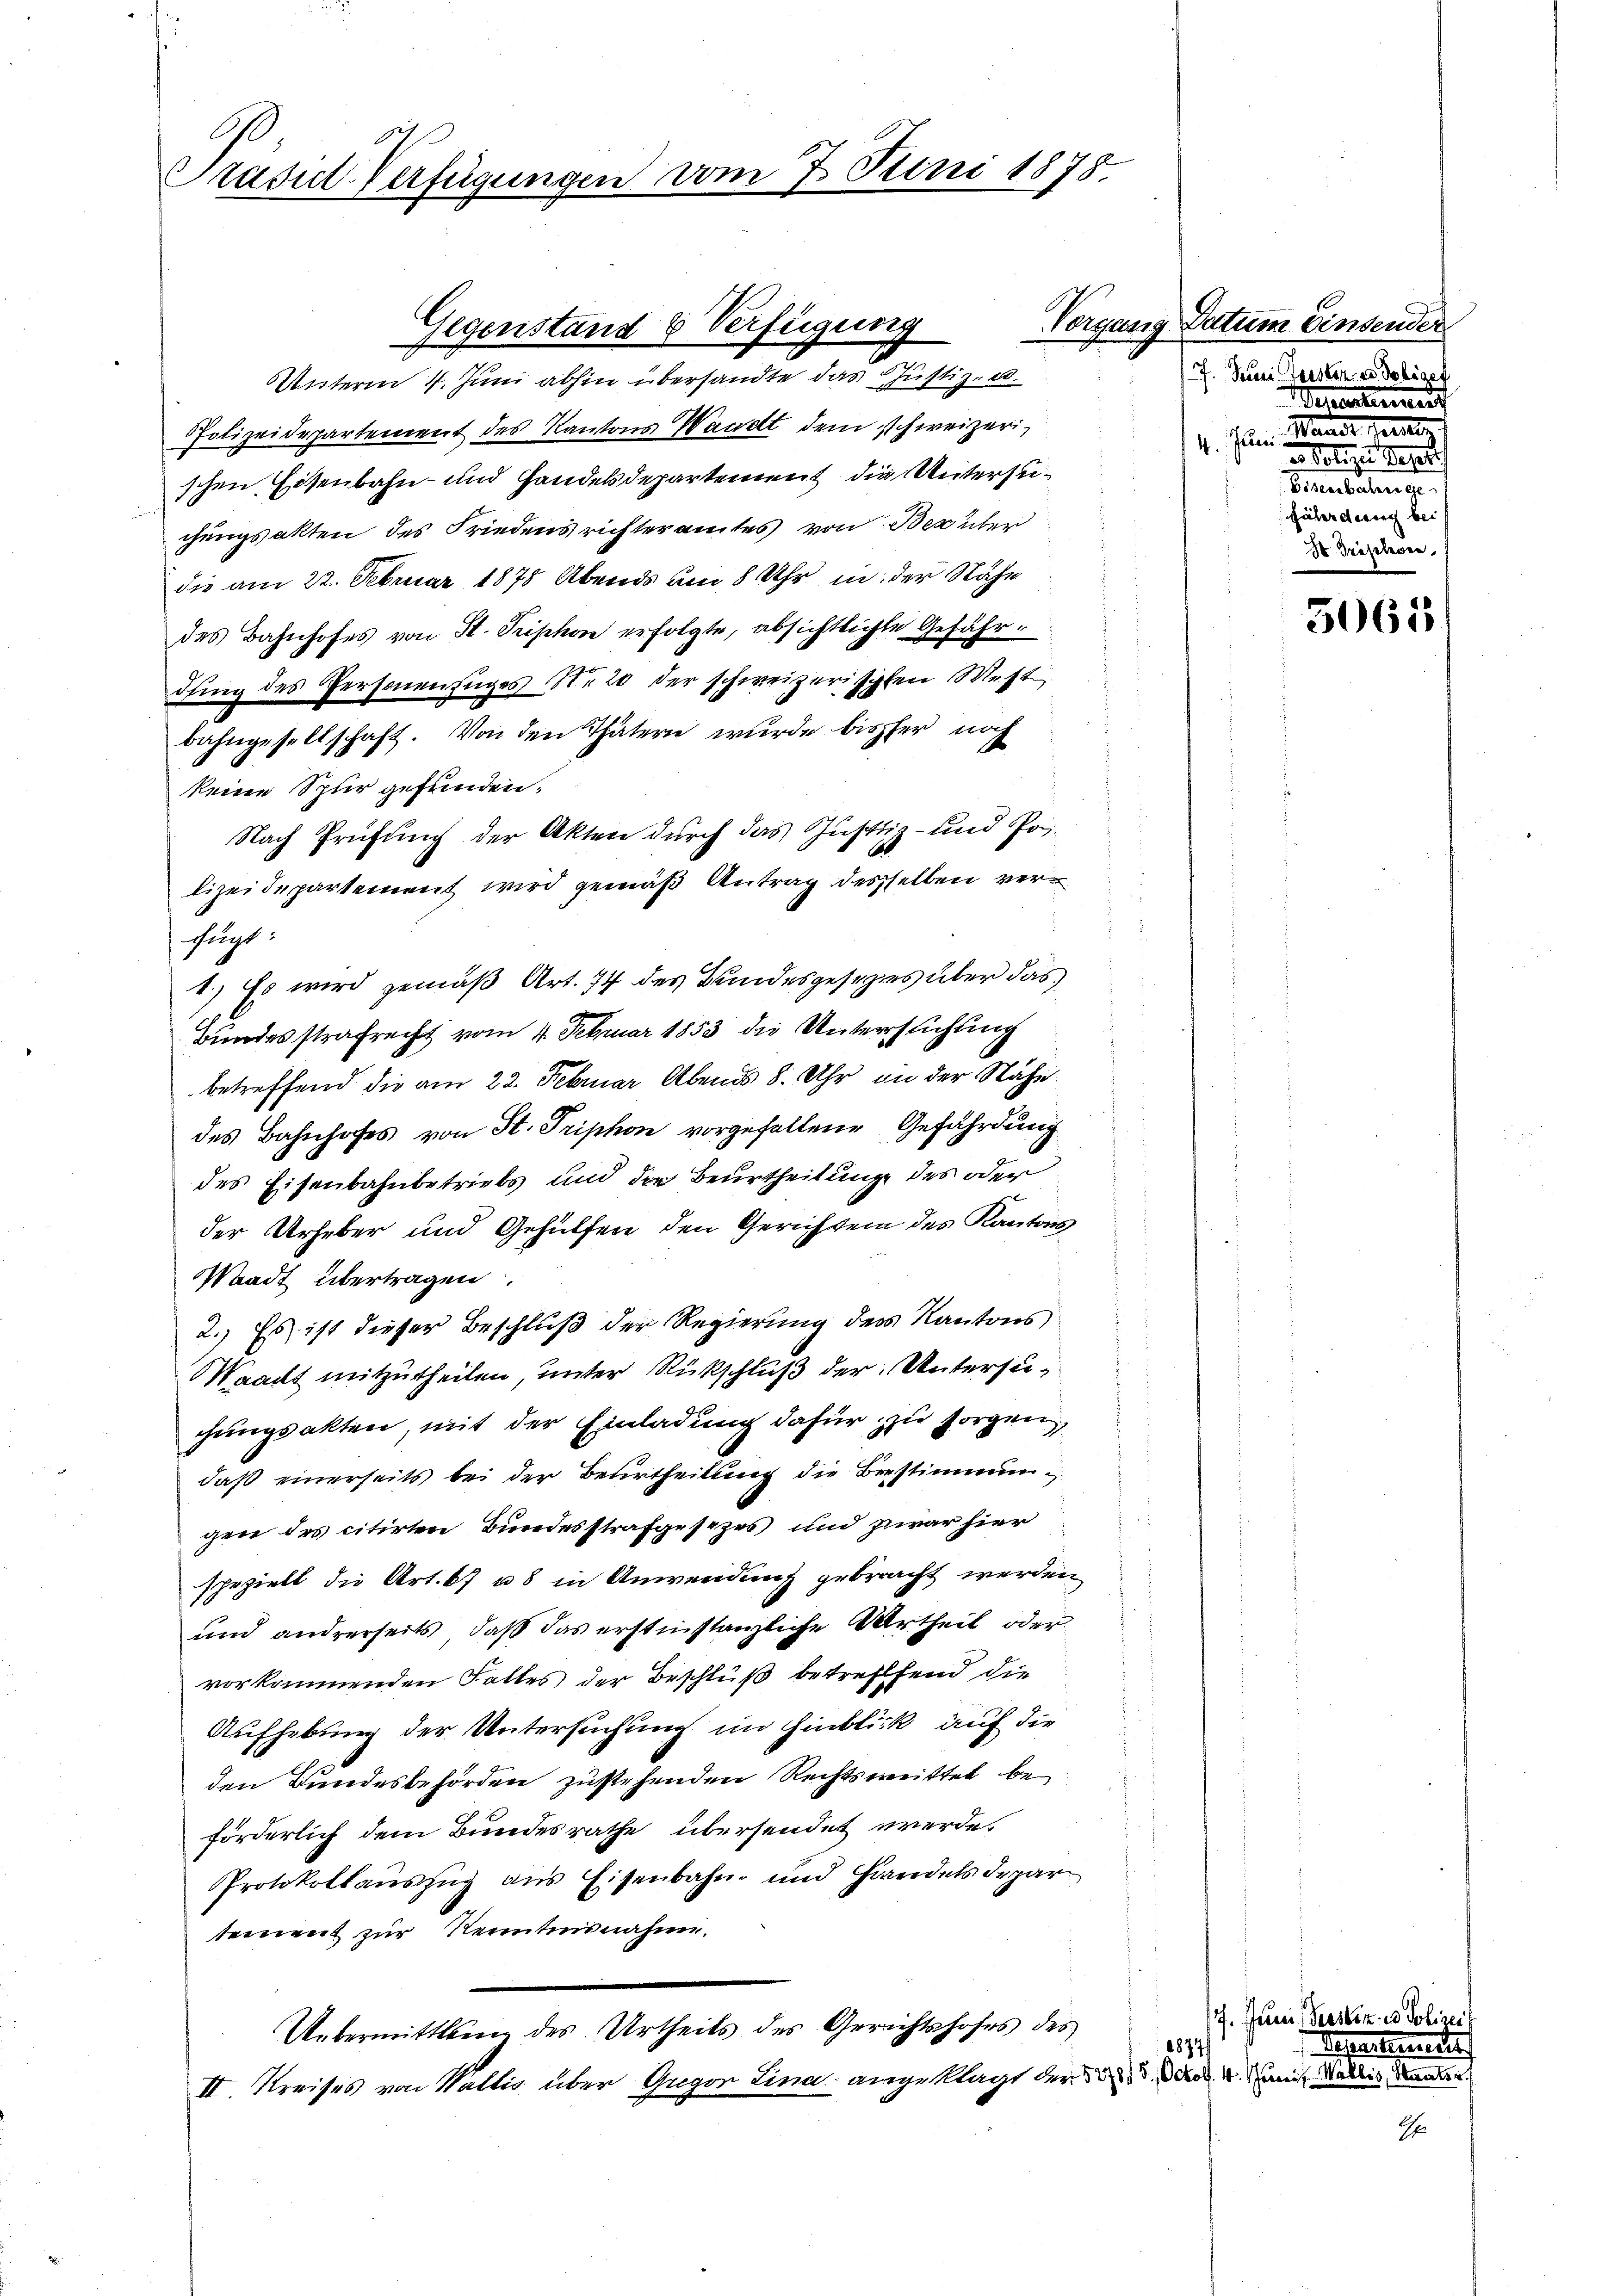
n

Präsid. Verfügungen vom 7. Juni 1878.

Unterm 7. Juni abhin übersandte das Justiz- u.
Polizeidepartement des Kantons Waadt dem schweizerischen Eisenbahn- und Handelsdepartement die Untersuchungsakten des Friedens richteramtes von Berüber
die am 22. Februar 1878 Abends um 8 Uhr in der Nähe
des Bahnhofes von H. Triphon erfolgte, absichtlichte Gefährdfing des Personenzuges N. 20 der schweizerischten West
bahngesellschaft. Von den Thätern wurde bisher noch
keine Spur gefunden.
Nach Prüfung der Akten durch das Justiz- und Polizeidepartement wird gemäß Antrag desselben verfügt:
1.) Es wird gemäß Art. 74 des Bundesgesezes über das
Bundesstrafrecht vom 4. Februar 1853 die Untersuchung
betreffend die am 22. Februar Abends 8. Uhr in der Nähe
des Bahnhofes von St. Triphon vorgefallene Gefährdung
des Eisenbahnbetriebs und die Beurtheilung des oder
der Urheber und Gehülfen den Gerichten des Kantons
Waadt übertragen.
2.) Es ist dieser Beschluß der Regierung des Kantons
Waadt mitzutheilen, unter Rückschluß der Untersuchungsakten, mit der Einladung dafür zu sorgen,
daß einerseits bei der Beurtheilung die Brestimmungen des citirten Bundesstrafgesezes und zwar hier
speziell die Art. 67 u. in Anwendung gebracht werden
und andrerseits, daß das erstinstanzliche Urtheil oder
vorkommenden Falles der Beschluß betreffend die
Aufhebung der Untersuchung im Hinblick auf die
den Bundesbehörden zustehenden Rechtsmittel beförderlich dem Bundesrathe übersendet werde.
PProtokollauszug aus Eisenbahn- und Handels Depar
tement zur Kenntnisnahme.
Uebermittlung des Urtheils des Gerichtshofes des
II. Kreises von Wallis über Guger Lina angeklagt der . . . an Stallis de

Gegenstand 6 Verfügung

Vorgang Datum Einsender
7. Bei Geister es Polizet
Waadt Paralen
4. Juni
e. Polizei es eine
 Eisenbahnge
fährderung bei
Dr Tröselever

Peuerterien

7. Juni rester in Poli
Schreitigerte
1874

5065

if